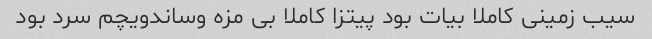
سیب زمینی کاملا بیات بود پیتزا کاملا بی مزه وساندویچم سرد بود